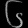
Digit: ၆